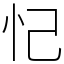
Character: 忋